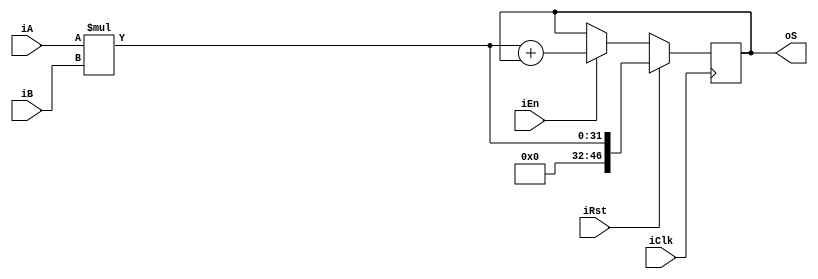
//------------------------------------------------------------------------------
//
// mac16_generic.v
// -----------------------------------------------------------------------------
// Generic 16-bit multiplier and 47-bit accumulator.
//
//
// Copyright (c) 2016, NORDUnet A/S
//
// Redistribution and use in source and binary forms, with or without
// modification, are permitted provided that the following conditions are met:
//
// - Redistributions of source code must retain the above copyright notice,
//   this list of conditions and the following disclaimer.
//
// - Redistributions in binary form must reproduce the above copyright notice,
//   this list of conditions and the following disclaimer in the documentation
//   and/or other materials provided with the distribution.
//
// - Neither the name of the NORDUnet nor the names of its contributors may be
//   used to endorse or promote products derived from this software without
//   specific prior written permission.
//
// THIS SOFTWARE IS PROVIDED BY THE COPYRIGHT HOLDERS AND CONTRIBUTORS "AS IS"
// AND ANY EXPRESS OR IMPLIED WARRANTIES, INCLUDING, BUT NOT LIMITED TO, THE
// IMPLIED WARRANTIES OF MERCHANTABILITY AND FITNESS FOR A PARTICULAR PURPOSE
// ARE DISCLAIMED. IN NO EVENT SHALL THE COPYRIGHT HOLDER OR CONTRIBUTORS BE
// LIABLE FOR ANY DIRECT, INDIRECT, INCIDENTAL, SPECIAL, EXEMPLARY, OR
// CONSEQUENTIAL DAMAGES (INCLUDING, BUT NOT LIMITED TO, PROCUREMENT OF
// SUBSTITUTE GOODS OR SERVICES; LOSS OF USE, DATA, OR PROFITS; OR BUSINESS
// INTERRUPTION) HOWEVER CAUSED AND ON ANY THEORY OF LIABILITY, WHETHER IN
// CONTRACT, STRICT LIABILITY, OR TORT (INCLUDING NEGLIGENCE OR OTHERWISE)
// ARISING IN ANY WAY OUT OF THE USE OF THIS SOFTWARE, EVEN IF ADVISED OF THE
// POSSIBILITY OF SUCH DAMAGE.
//
//------------------------------------------------------------------------------

module mac16_generic (
	input			iClk,	// clock
	input			iRst,	// clear accumulator (active-high)
	input			iEn,	// enable clock (active-high)
	input	[15:0]	iA,		// operand input
	input	[15:0]	iB,		// operand input
	output	[46:0]	oS		// sum output
);

 // Multiplier
 wire	[31:0]	p;
 assign p = iA * iB;

 // Accumulator
 reg	[46:0]	s_int;

 always @(posedge iClk) begin
	if(iRst)		s_int <= {15'b0, p};
	else if(iEn)	s_int <= {15'b0, p} + s_int;
	else			s_int <= s_int;
 end

 // Output
 assign oS = s_int;

endmodule